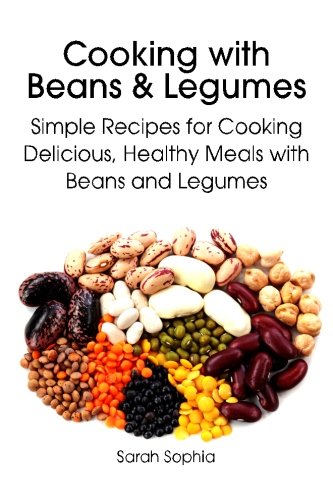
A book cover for Cooking with Beans and Legumes: Simple Recipes for Cooking Delicious, Healthy Meals with Beans and Legumes; Sarah Sophia; Cookbooks, Food & Wine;